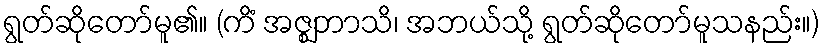
ရွတ်ဆိုတော်မူ၏။ (ကိံ အဇ္ဈဘာသိ၊ အဘယ်သို့ ရွတ်ဆိုတော်မူသနည်း။)